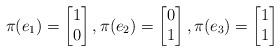
LaTeX: \begin{align*} \pi(e_1)= \begin{bmatrix} 1 \\ 0 \end{bmatrix}, \pi(e_2)= \begin{bmatrix} 0 \\ 1 \end{bmatrix}, \pi(e_3)= \begin{bmatrix} 1 \\ 1 \end{bmatrix} \end{align*}